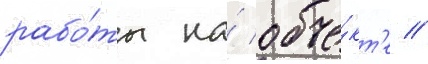
рабо́ты на́ объе́кт'е //